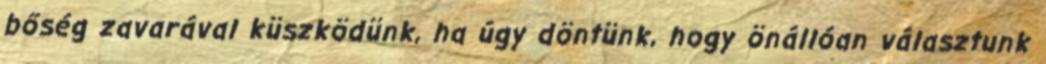
bőség zavarával küszködünk, ha úgy döntünk, hogy önállóan választunk